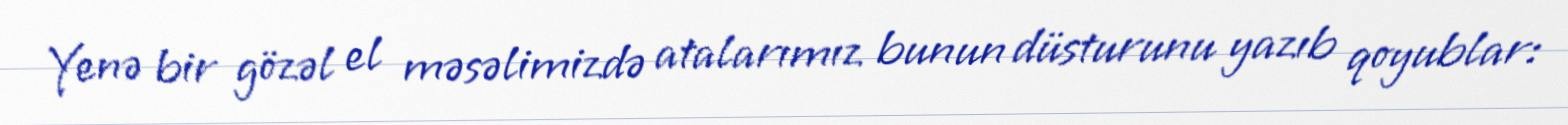
Yenə bir gözəl el məsəlimizdə atalarımız bunun düsturunu yazıb qoyublar: